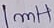
Text: 1mH